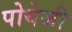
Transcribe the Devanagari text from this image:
पोयेजी